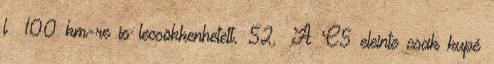
l 100 km-re is lecsökkenhetett. 52 A C5 eleinte csak kupé